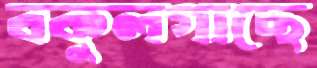
বকুলগাছে